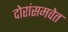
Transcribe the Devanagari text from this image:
दोरांसमवेत